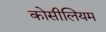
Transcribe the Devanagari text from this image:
कोसीलियम